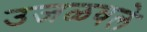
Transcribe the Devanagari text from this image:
उजळवले